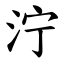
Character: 泞